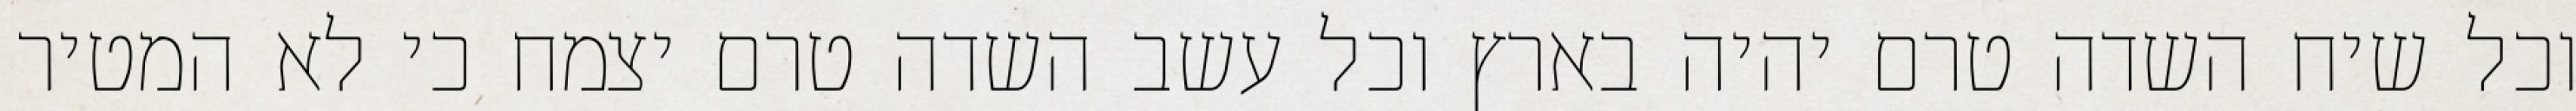
וכל שיח השדה טרם יהיה בארץ וכל עשב השדה טרם יצמח כי לא המטיר